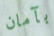
بآمان